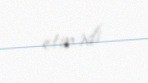
etmədi.